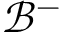
\mathcal { B } ^ { - }